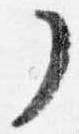
了